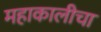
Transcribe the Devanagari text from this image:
महाकालीचा